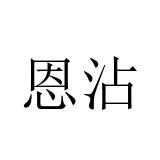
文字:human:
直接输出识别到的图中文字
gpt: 恩沾